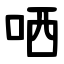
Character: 哂